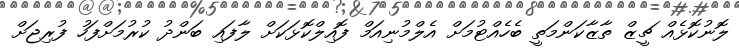
ލޮނުކޮޅެއް ޗީޒް ތާޒާކަންމަތީ ބެހެއްޓުމަށް އެލްމުނިއަމް ފޮއިލްކޮޅަކަށް ލާފައި ބަންދު ކުރުމަށްފަހު ފުރިޖަށް